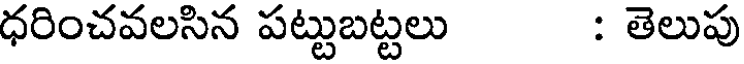
ధరించవలసిన పట్టుబట్టలు : తెలుపు